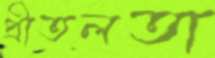
প্রীতলতা